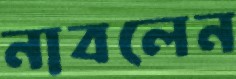
নাবলেন